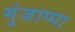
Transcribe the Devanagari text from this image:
मुंजाप्पा